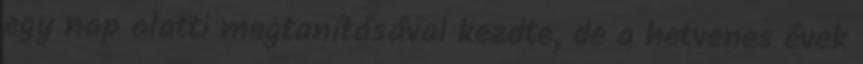
egy nap alatti megtanításával kezdte, de a hetvenes évek